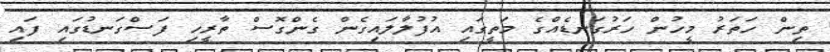
ތިން ހަތަރު މީހުން ހަރުގަނޑެއްގެ މަތީގައި އުފުލާލައިގެން ގެންގޮސް ތާރީހި ފަސްގަނޑުގައި ފައި